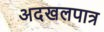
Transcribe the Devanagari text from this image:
अदखलपात्र